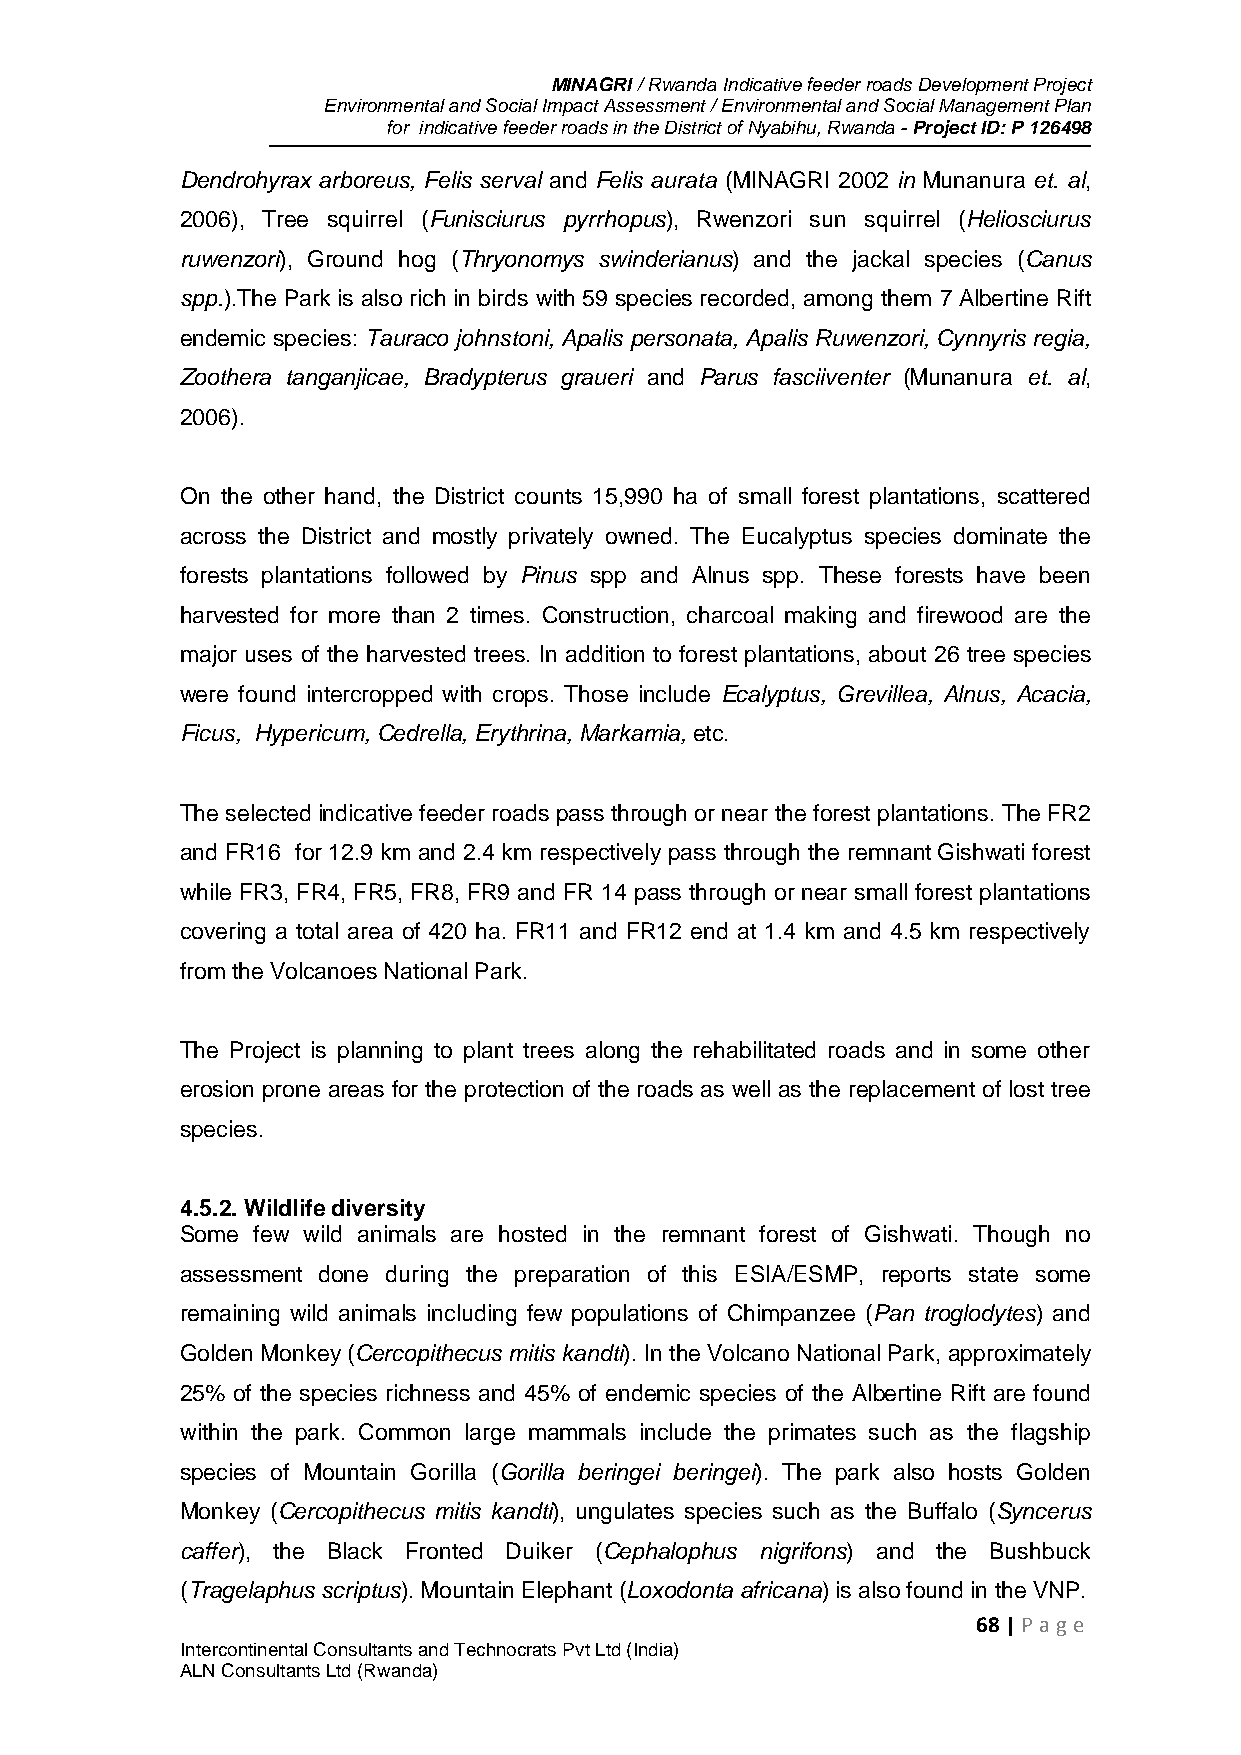
MINAGRI / Rwanda Indicative feeder roads Development Project
 Environmental and Social Impact Assessment / Environmental and Social Management Plan
 for indicative feeder roads in the District of Nyabihu, Rwanda - Project ID: P 126498
 Dendrohyrax arboreus, Felis serval and Felis aurata (MINAGRI 2002 in Munanura et. al,
 2006), Tree squirrel (Funisciurus pyrrhopus), Rwenzori sun squirrel (Heliosciurus
 ruwenzori), Ground hog (Thryonomys swinderianus) and the jackal species (Canus
 spp.).The Park is also rich in birds with 59 species recorded, among them 7 Albertine Rift
 endemic species: Tauraco johnstoni, Apalis personata, Apalis Ruwenzori, Cynnyris regia,
 Zoothera tanganjicae, Bradypterus graueri and Parus fasciiventer (Munanura et. al,
 2006).
 On the other hand, the District counts 15,990 ha of small forest plantations, scattered
 across the District and mostly privately owned. The Eucalyptus species dominate the
 forests plantations followed by Pinus spp and Alnus spp. These forests have been
 harvested for more than 2 times. Construction, charcoal making and firewood are the
 major uses of the harvested trees. In addition to forest plantations, about 26 tree species
 were found intercropped with crops. Those include Ecalyptus, Grevillea, Alnus, Acacia,
 Ficus, Hypericum, Cedrella, Erythrina, Markamia, etc.
 The selected indicative feeder roads pass through or near the forest plantations. The FR2
 and FR16 for 12.9 km and 2.4 km respectively pass through the remnant Gishwati forest
 while FR3, FR4, FR5, FR8, FR9 and FR 14 pass through or near small forest plantations
 covering a total area of 420 ha. FR11 and FR12 end at 1.4 km and 4.5 km respectively
 from the Volcanoes National Park.
 The Project is planning to plant trees along the rehabilitated roads and in some other
 erosion prone areas for the protection of the roads as well as the replacement of lost tree
 species.
 4.5.2. Wildlife diversity
 Some few wild animals are hosted in the remnant forest of Gishwati. Though no
 assessment done during the preparation of this ESIA/ESMP, reports state some
 remaining wild animals including few populations of Chimpanzee (Pan troglodytes) and
 Golden Monkey (Cercopithecus mitis kandti). In the Volcano National Park, approximately
 25% of the species richness and 45% of endemic species of the Albertine Rift are found
 within the park. Common large mammals include the primates such as the flagship
 species of Mountain Gorilla (Gorilla beringei beringei). The park also hosts Golden
 Monkey (Cercopithecus mitis kandti), ungulates species such as the Buffalo (Syncerus
 caffer), the Black Fronted Duiker (Cephalophus nigrifons) and the Bushbuck
 (Tragelaphus scriptus). Mountain Elephant (Loxodonta africana) is also found in the VNP.
 68 | P age
 Intercontinental Consultants and Technocrats Pvt Ltd (India)
 ALN Consultants Ltd (Rwanda)